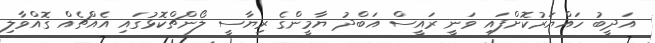
އަދީބު ހައްޔަރުކޮށްފައި ވަނީ ރައީސް އަބްދު ޔާމީންގެ ރިޔާސީ ލޯންޗްކޮޅުގައި އެއްޗެއް ގޮއްވާލި